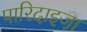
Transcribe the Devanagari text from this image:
पारिदाइजा़